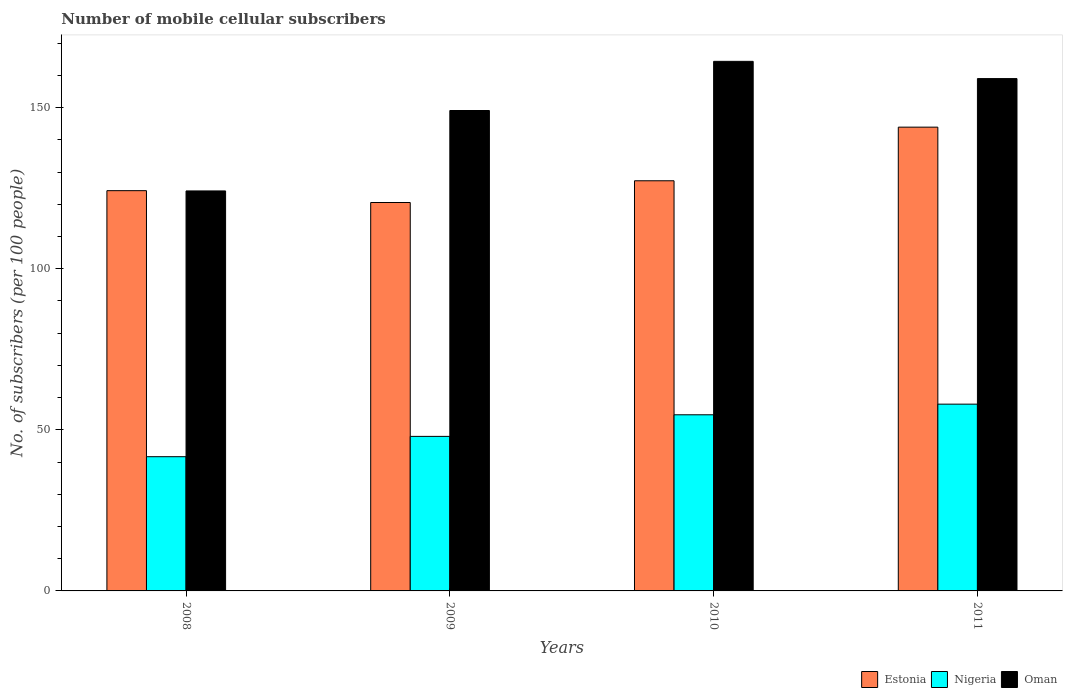
| Years | Estonia | Nigeria | Oman |
 | --- | --- | --- | --- |
 | 2008 | 124 | 41.7 | 124 |
 | 2009 | 121 | 48 | 149 |
 | 2010 | 127 | 54.7 | 164 |
 | 2011 | 144 | 58 | 159 |